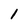
Character: 1